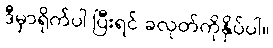
ဒီမှာရိုက်ပါ ပြီးရင် ခလုတ်ကိုနှိပ်ပါ။